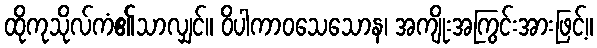
ထိုကုသိုလ်ကံ၏သာလျှင်။ ဝိပါကာဝသေသောန၊ အကျိုးအကြွင်းအားဖြင့်။